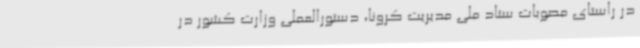
در راستای مصوبات ستاد ملی مدیریت کرونا، دستورالعملی وزارت کشور در